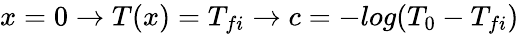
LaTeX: \begin{array}{r}{x=0\rightarrow T(x)=T_{fi}\xrightarrow{}c=-log{(T_{0}-T_{fi})}}\end{array}